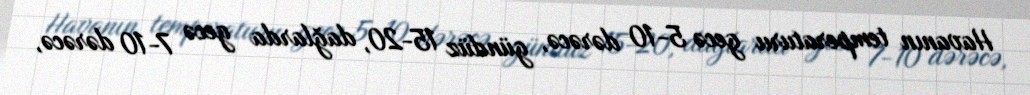
Havanın temperaturu gecə 5-10 dərəcə, gündüz 15-20, dağlarda gecə 7-10 dərəcə,